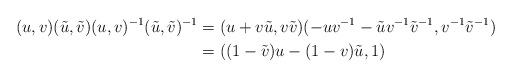
LaTeX: \begin{align*}(u,v)(\tilde{u},\tilde{v})(u,v)^{-1}(\tilde{u},\tilde{v})^{-1} &=(u+v\tilde{u},v\tilde{v})(-uv^{-1}-\tilde{u}v^{-1}\tilde{v}^{-1},v^{-1}\tilde{v}^{-1})\\& =((1-\tilde{v})u-(1-v)\tilde{u},1) \end{align*}